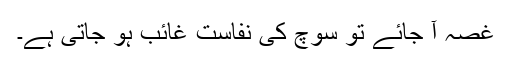
غصہ آ جائے تو سوچ کی نفاست غائب ہو جاتی ہے۔